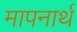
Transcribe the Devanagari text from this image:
मापनार्थ